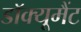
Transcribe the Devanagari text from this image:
डॉक्यूमैंट